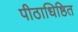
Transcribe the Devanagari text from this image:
पीठाधिष्ठित